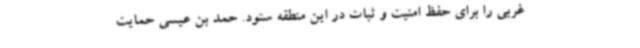
غربی را برای حفظ امنیت و ثبات در این منطقه ستود. حمد بن عیسی حمایت